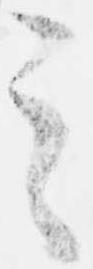
之